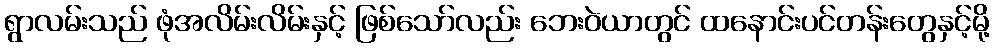
ရွာလမ်းသည် ဖုံအလိမ်းလိမ်းနှင့် ဖြစ်သော်လည်း ဘေးဝဲယာတွင် ထနောင်းပင်တန်းတွေနှင့်မို့